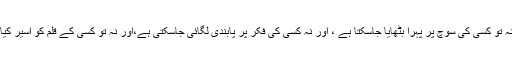
اس لئے کہ نہ تو کسی کی سوچ پر پہرا بٹھایا جاسکتا ہے ، اور نہ کسی کی فکر پر پابندی لگائی جاسکتی ہے،اور نہ تو کسی کے قلم کو اسیر کیا جاسکتا ہے۔